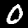
Digit: 0